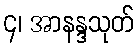
၄၊ အာနန္ဒသုတ်